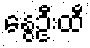
နွေဦးထီ